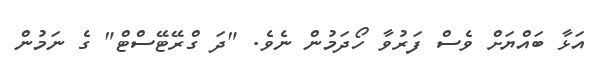
އަޅާ ބައްޔަށް ވެސް ފަރުވާ ހޯދަމުން ނެވެ. "ދަ ގްރޭޓޭސްޓް" ގެ ނަމުން